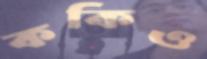
ককিও